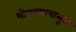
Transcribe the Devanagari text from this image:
भोगण्यापासून